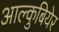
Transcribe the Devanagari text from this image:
आल्कुबियेर